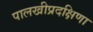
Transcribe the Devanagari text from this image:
पालखीप्रदक्षिणा